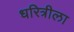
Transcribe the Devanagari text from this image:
धरित्रीला